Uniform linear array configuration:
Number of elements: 48
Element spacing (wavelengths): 0.25
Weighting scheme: hann
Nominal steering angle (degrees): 45
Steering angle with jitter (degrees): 45.577
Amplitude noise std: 0.05
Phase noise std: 0.05

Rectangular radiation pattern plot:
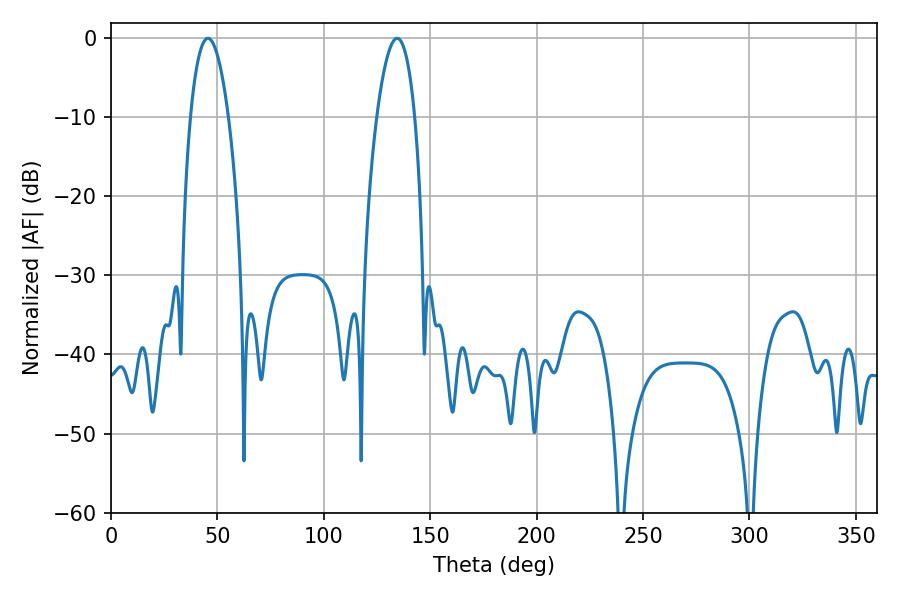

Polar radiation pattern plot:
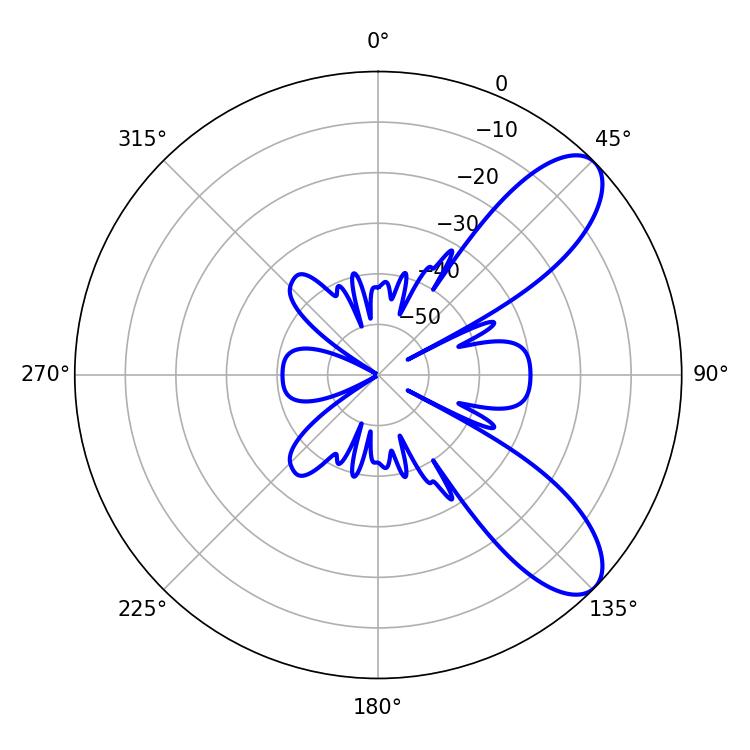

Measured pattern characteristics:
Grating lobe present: FALSE
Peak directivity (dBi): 8.773
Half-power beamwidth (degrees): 9.9
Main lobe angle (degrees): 45.54